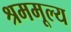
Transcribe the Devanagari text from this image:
श्रममूल्य